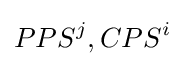
PPS^{j},CPS^{i}